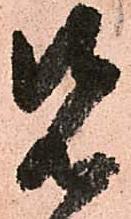
先